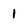
Character: 1